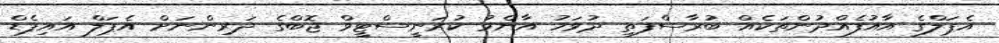
އެޕަލްގެ އާއުފެއްދުންތަކެއް ބުރާސްފަތި ދުވަހު އާންމު ކުރަނީސްޓީވް ޖޮބްގެ ދަރިންނަށް އެޕަލް އައިޕެޑް